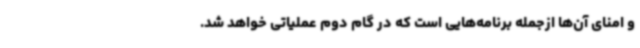
و امنای آن‌ها ازجمله برنامه‌هایی است که در گام دوم عملیاتی خواهد شد.